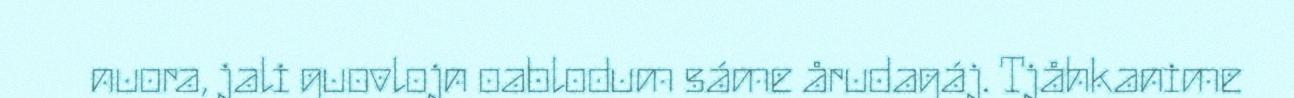
nuora, jali guovlojn oablodum sáme årudagáj. Tjåhkanime